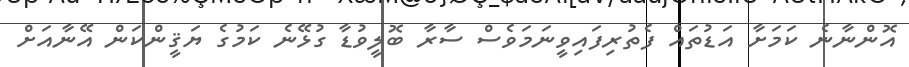
އޮންނާނެ ކަމަށާ އަޑުތައް ފެތުރިފައިވީނަމަވެސް ސާރާ ބޮލީވުޑާ ގުޅޭނެ ކަމުގެ ޔަޤީންކަން އޭނާއަށް